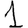
Digit: 1